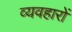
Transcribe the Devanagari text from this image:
व्यवहाराें